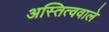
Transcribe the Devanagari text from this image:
अस्तित्ववाले